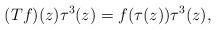
LaTeX: \begin{align*}(Tf)(z) \tau^3(z) = f(\tau(z))\tau^3(z),\end{align*}